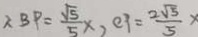
\therefore B P = \frac { \sqrt { 5 } } { 5 } x , e p = \frac { 2 \sqrt { 5 } } { 5 }